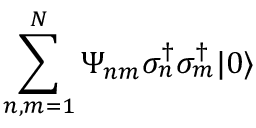
\sum _ { n , m = 1 } ^ { N } \Psi _ { n m } \sigma _ { n } ^ { \dag } \sigma _ { m } ^ { \dag } | 0 \rangle